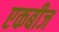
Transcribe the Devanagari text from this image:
एकबीज